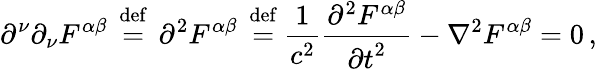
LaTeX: \partial^{\nu}\partial_{\nu}F^{\alpha\beta}\, \ {\stackrel{\mathrm{def}}{=}}\ \, {\partial}^{2}F^{\alpha\beta}\, \ {\stackrel{\mathrm{def}}{=}}\ {\frac{1}{c^{2}}}{\frac{\partial^{2}F^{\alpha\beta}}{{\partial t}^{2}}}-\nabla^{2}F^{\alpha\beta}=0\, ,